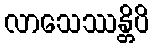
လာသေဿန္တိပိ